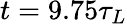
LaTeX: t=9.75\tau_{L}